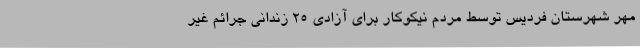
مهر شهرستان فردیس توسط مردم نیکوکار برای آزادی ۲۵ زندانی جرائم غیر